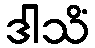
ဒါသိံ